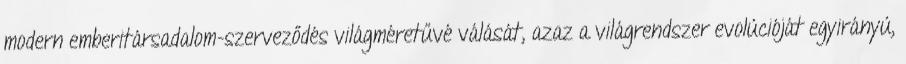
modern emberitársadalom-szerveződés világméretűvé válását, azaz a világrendszer evolúcióját egyirányú,